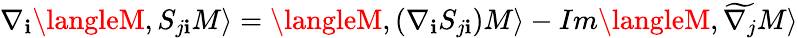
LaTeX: \nabla_{\mathbf{i}}\langleM,S_{j\mathbf{i}}M\rangle=\langleM,(\nabla_{\mathbf{i}}S_{j\mathbf{i}})M\rangle-Im\langleM,\widetilde{{\nabla_{j}}}M\rangle